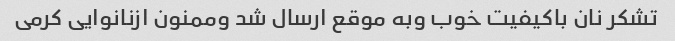
تشکر نان باکیفیت خوب وبه موقع ارسال شد وممنون ازنانوایی کرمی